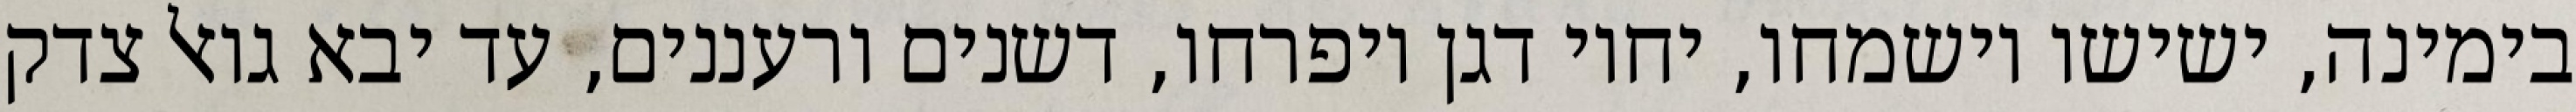
בימינה, ישישו וישמחו, יחיו דגן ויפרחו, דשנים ורעננים, עד יבא גואל צדק